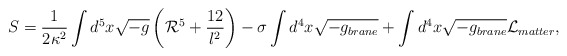
\begin{align*}S= \frac{1}{2 \kappa^2}\int d^5 x \sqrt{-g}\left({\cal R}^5 + \frac{12}{l^2} \right)- \sigma \int d^4 x \sqrt{-g_{brane}}+ \int d^4 x \sqrt{-g_{brane}} {\cal L}_{matter},\end{align*}